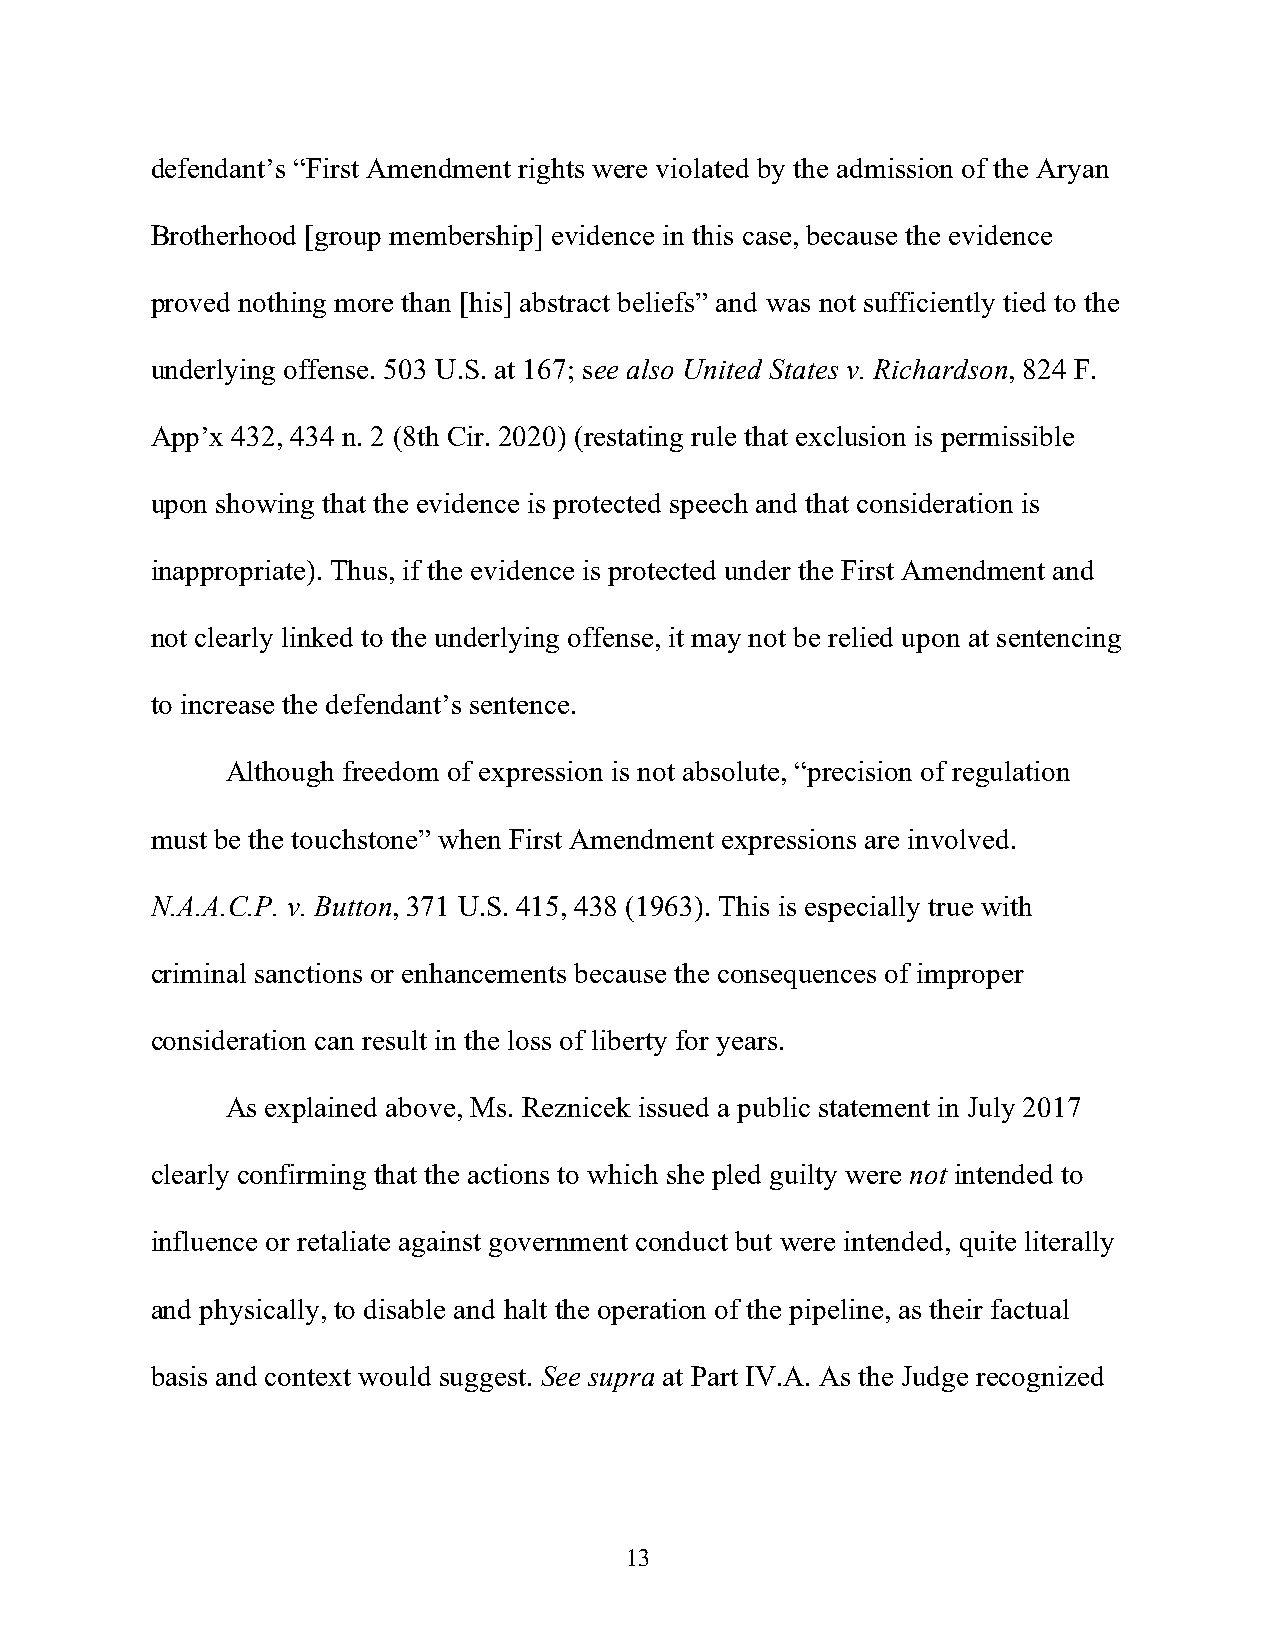
defendant’s “First Amendment rights were violated by the admission of the Aryan
 Brotherhood [group membership] evidence in this case, because the evidence
 proved nothing more than [his] abstract beliefs” and was not sufficiently tied to the
 underlying offense. 503 U.S. at 167; see also United States v. Richardson, 824 F.
 App’x 432, 434 n. 2 (8th Cir. 2020) (restating rule that exclusion is permissible
 upon showing that the evidence is protected speech and that consideration is
 inappropriate). Thus, if the evidence is protected under the First Amendment and
 not clearly linked to the underlying offense, it may not be relied upon at sentencing
 to increase the defendant’s sentence.
 Although freedom of expression is not absolute, “precision of regulation
 must be the touchstone” when First Amendment expressions are involved.
 N.A.A.C.P. v. Button, 371 U.S. 415, 438 (1963). This is especially true with
 criminal sanctions or enhancements because the consequences of improper
 consideration can result in the loss of liberty for years.
 As explained above, Ms. Reznicek issued a public statement in July 2017
 clearly confirming that the actions to which she pled guilty were not intended to
 influence or retaliate against government conduct but were intended, quite literally
 and physically, to disable and halt the operation of the pipeline, as their factual
 basis and context would suggest. See supra at Part IV.A. As the Judge recognized
 13